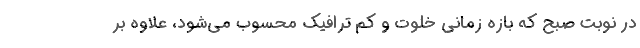
در نوبت صبح که بازه زمانی خلوت و کم ترافیک محسوب می‌شود، علاوه بر